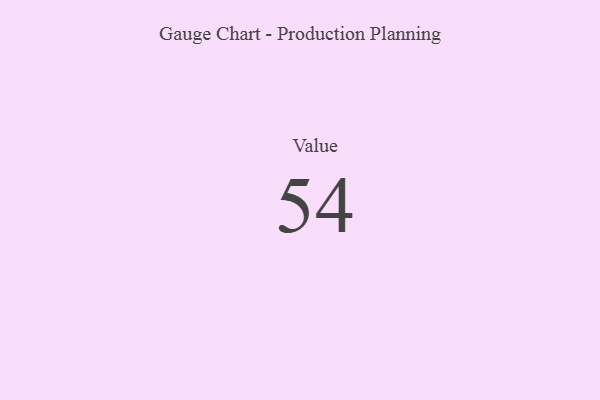
{"axis": {"x": "Metric", "y": "Value"}, "legend": [""], "data": [{"x": "Value", "y": 54, "type": ""}]}